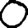
Digit: 0